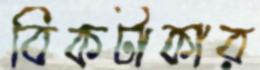
বিকটাকার